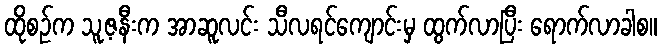
ထိုစဉ်က သူ့ဇနီးက အာဆူလင်း သီလရင်ကျောင်းမှ ထွက်လာပြီး ရောက်လာခါစ။